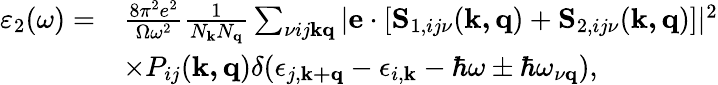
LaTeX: \begin{array}{rl}{\varepsilon_{2}(\omega)=}&{\frac{8\pi^{2}e^{2}}{\Omega\omega^{2}}\frac{1}{N_{\mathbf{k}}N_{\mathbf{q}}}\sum_{\nu ij\mathbf{k}\mathbf{q}}|\mathbf{e}\cdot[\mathbf{S}_{1,ij\nu}(\mathbf{k,q})+\mathbf{S}_{2,ij\nu}(\mathbf{k,q})]|^{2}}\\ &{\times P_{ij}(\mathbf{k,q})\delta(\epsilon_{j,\mathbf{k+q}}-\epsilon_{i,\mathbf{k}}-\hbar\omega\pm\hbar\omega_{\nu\mathbf{q}}),}\end{array}